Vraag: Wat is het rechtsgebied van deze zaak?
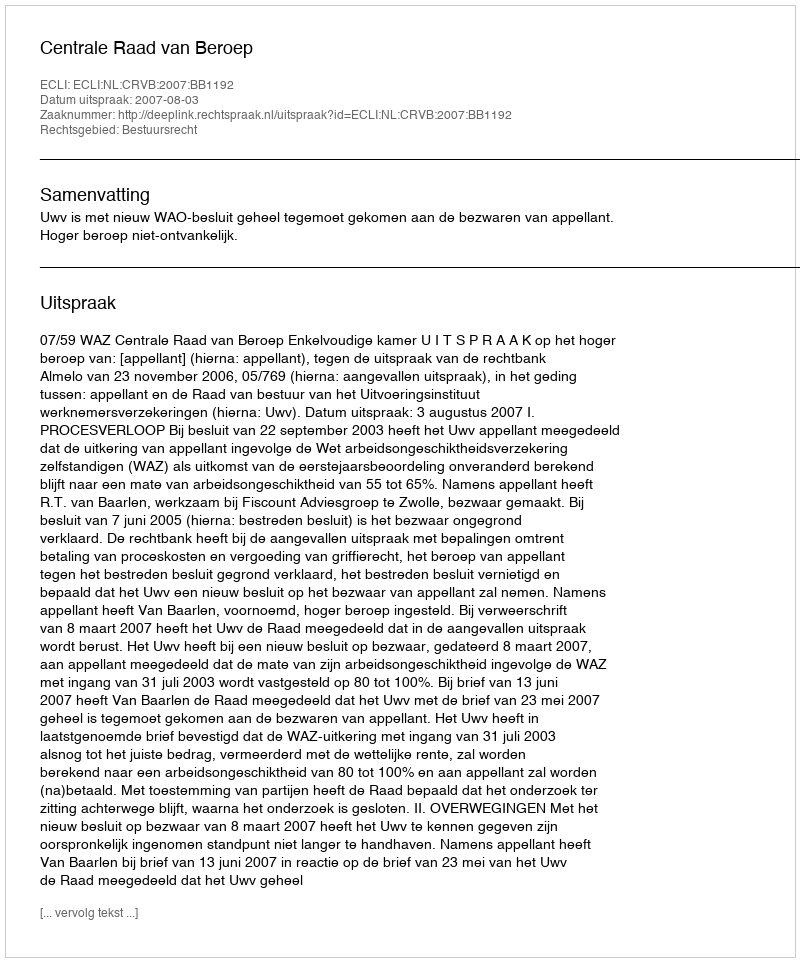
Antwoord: Bestuursrecht